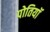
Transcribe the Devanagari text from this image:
पोतियाॅ